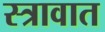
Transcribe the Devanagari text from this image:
स्त्रावात